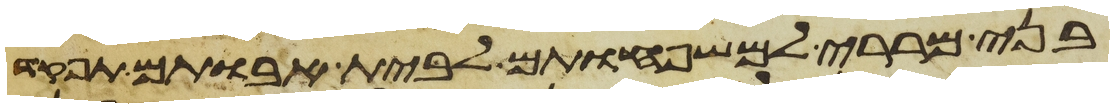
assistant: בני מררי למשפחותם לבית אבותם תפקד